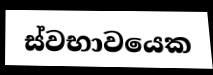
ස්වභාවයෙක